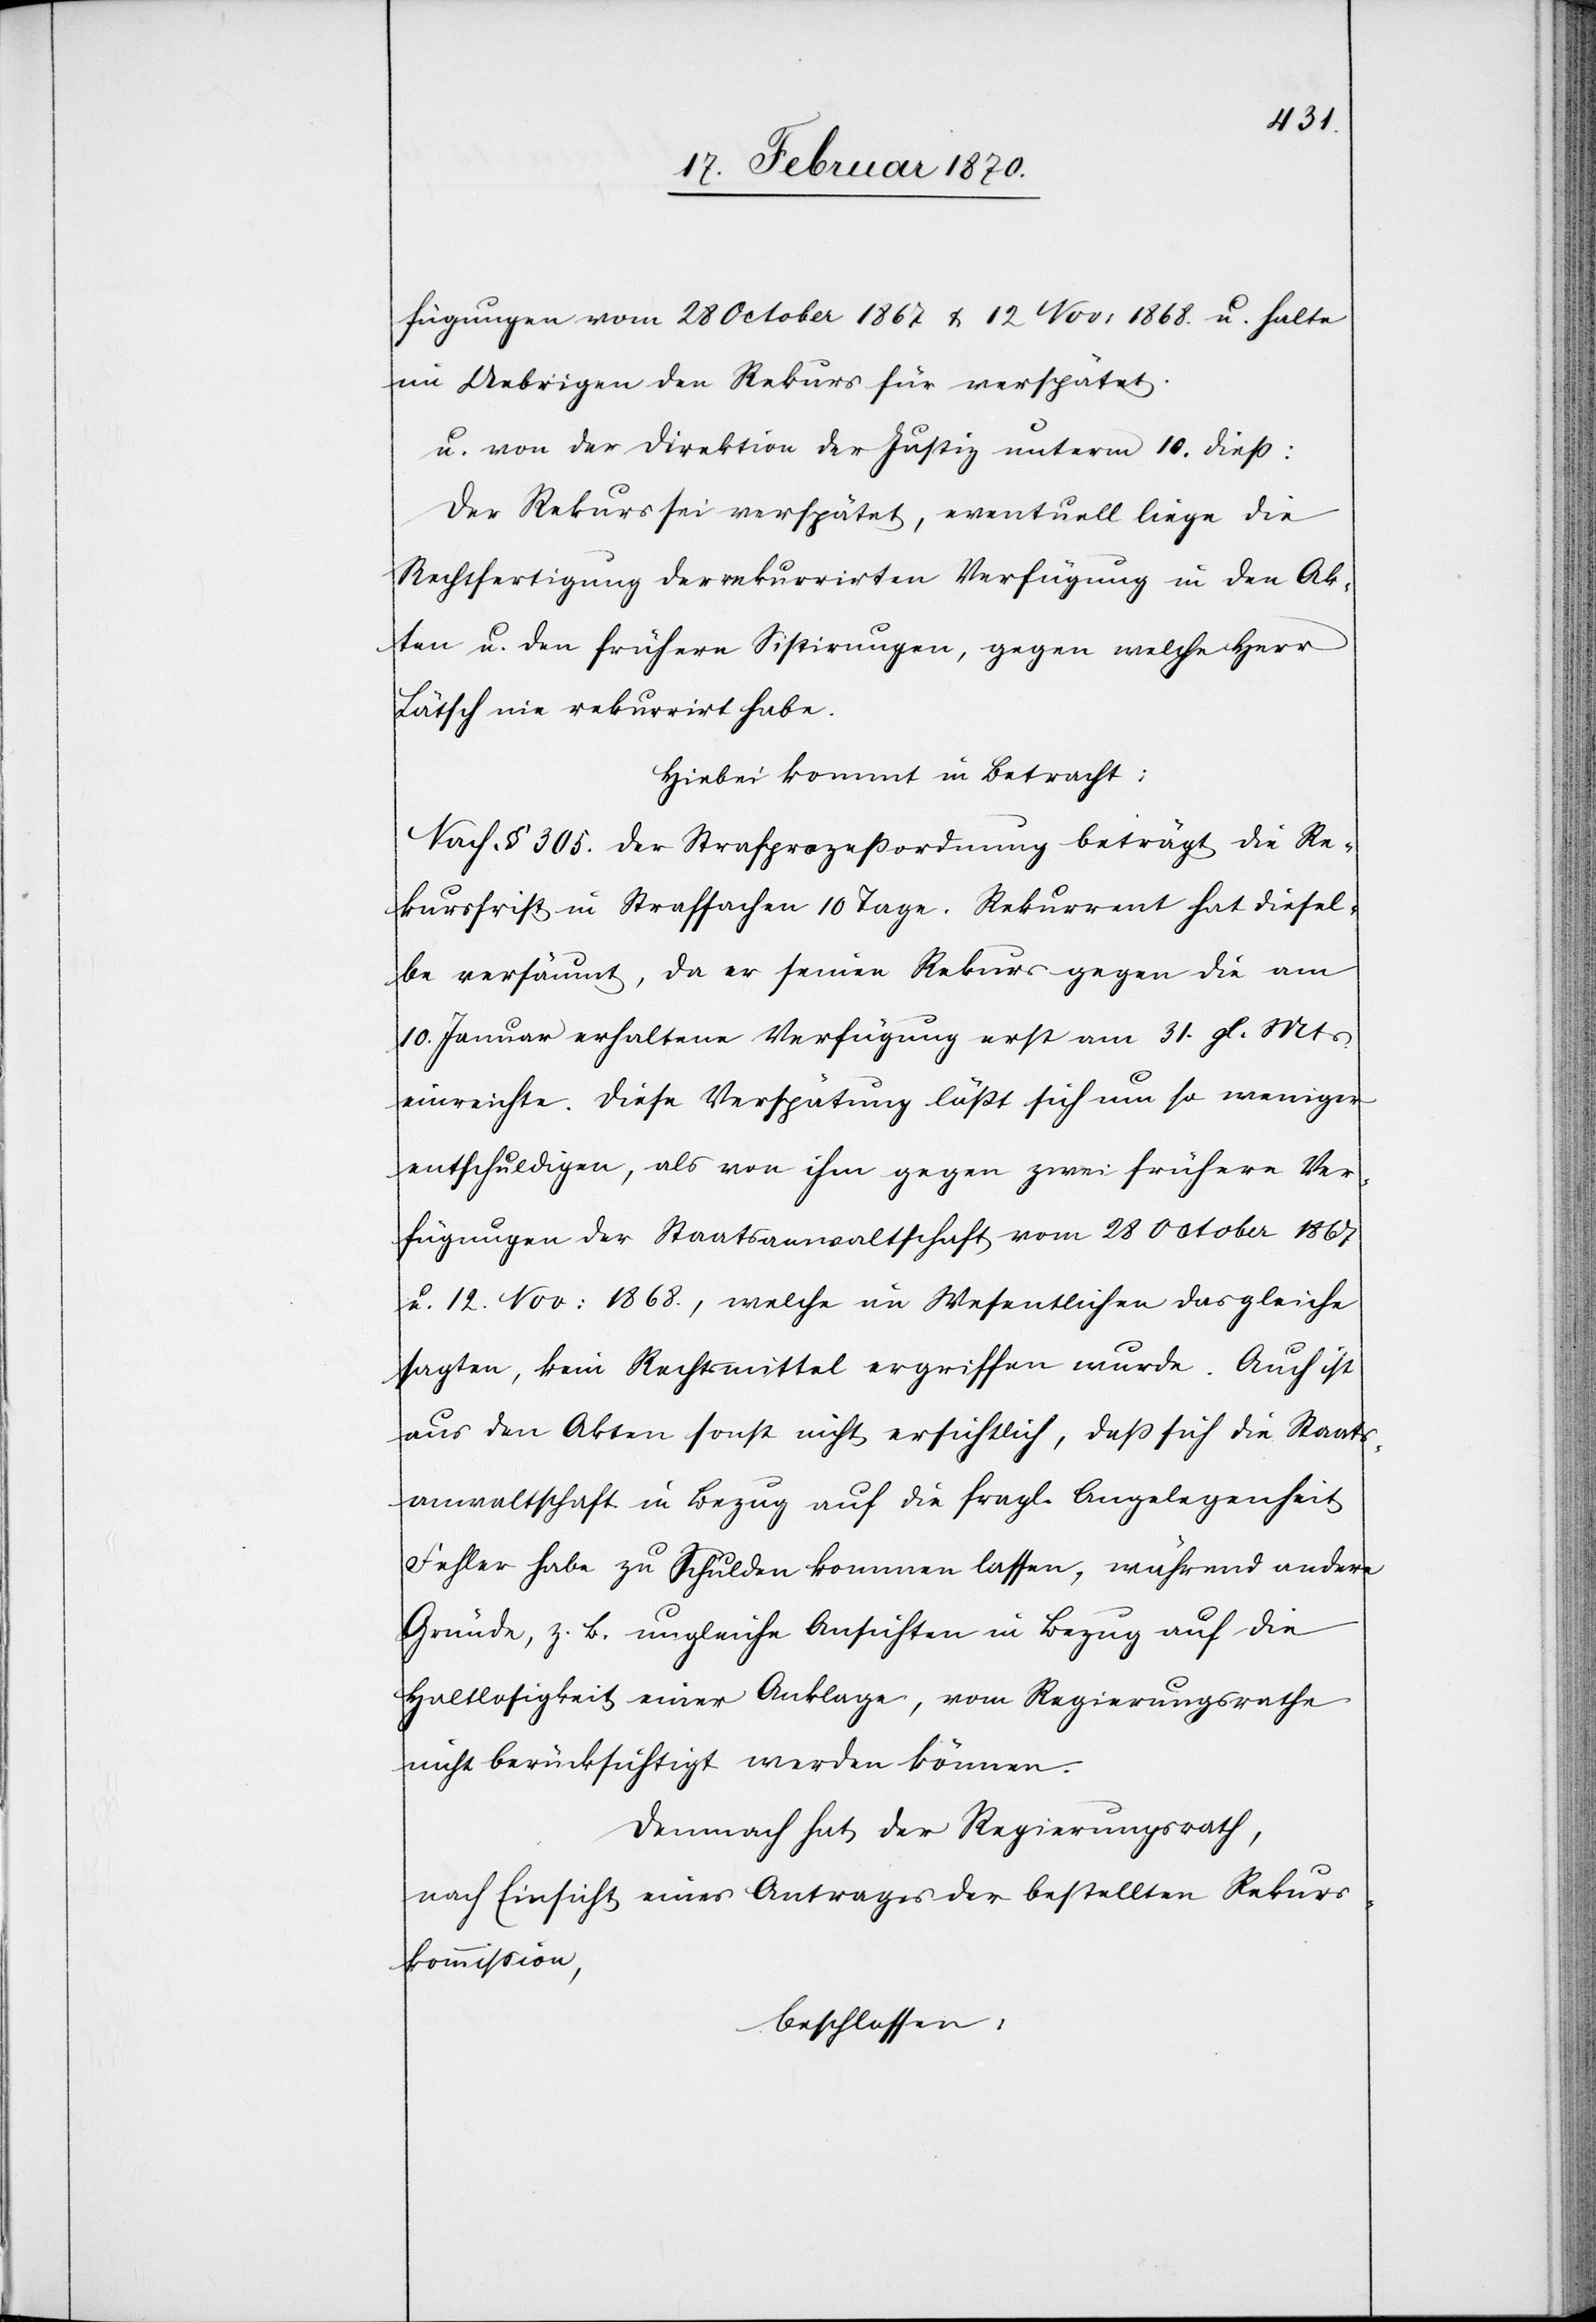
fügungen vom 28 October 1867 & 12 Nov: 1868. u. halte
im Uebrigen den Rekurs für verspätet.
u. von der Direktion der Justiz unterm 10. diess:
Der Rekurs sei verspätet, eventuell liege die
Rechtfertigung der rekurrirten Verfügung in den Ak¬
ten u. den frühern Sistirungen, gegen welche Herr
Lätsch nie rekurrirt habe.
Hierbei kommt in Betracht:
Nach § 305. der Strafprozessordnung beträgt die Re¬
kursfrist in Strafsachen 10 Tage. Rekurrent hat diesel¬
be versäumt, da er seinen Rekurs gegen die am
10. Januar erhaltene Verfügung erst am 31. gl. Mts.
einreichte. Diese Verspätung lässt sich um so weniger
entschuldigen, als von ihm gegen zwei frühere Ver¬
fügungen der Staatsanwaltschaft vom 28 October 1867
u. 12. Nov: 1868., welche im Wesentlichen das gleiche
sagten, kein Rechtsmittel ergriffen wurde. Auch ist
aus den Akten sonst nicht ersichtlich, dass sich die Staats¬
anwaltschaft in Bezug auf die fragl. Angelegenheit
Fehler habe zu Schulden kommen lassen, während andere
Gründe, z. B. ungleiche Ansichten in Bezug auf die
Haltlosigkeit einer Anklage, vom Regierungsrathe
nicht berücksichtigt werden können.
Demnach hat der Regierungsrath,
nach Einsicht eines Antrages der bestellten Rekurs¬
kommission
beschlossen: